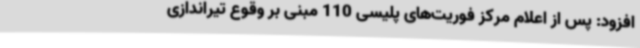
افزود: پس از اعلام مرکز فوریت‌های پلیسی 110 مبنی بر وقوع تیراندازی